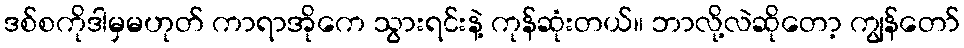
ဒစ်စကိုဒါမှမဟုတ် ကာရာအိုကေ သွားရင်းနဲ့ ကုန်ဆုံးတယ်။ ဘာလို့လဲဆိုတော့ ကျွန်တော်